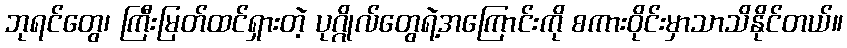
ဘုရင်တွေ၊ ကြီးမြတ်ထင်ရှားတဲ့ ပုဂ္ဂိုလ်တွေရဲ့အကြောင်းကို စကားဝိုင်းမှာသာသိနိုင်တယ်။